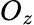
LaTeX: O_{z}